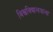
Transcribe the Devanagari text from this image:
विश्वविद्यालयाला